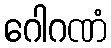
ဂေါဂဏံ